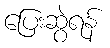
ပြေးဆွဲရန်